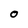
Character: O